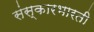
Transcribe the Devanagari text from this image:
संस्कारभारती